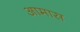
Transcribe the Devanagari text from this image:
आमास